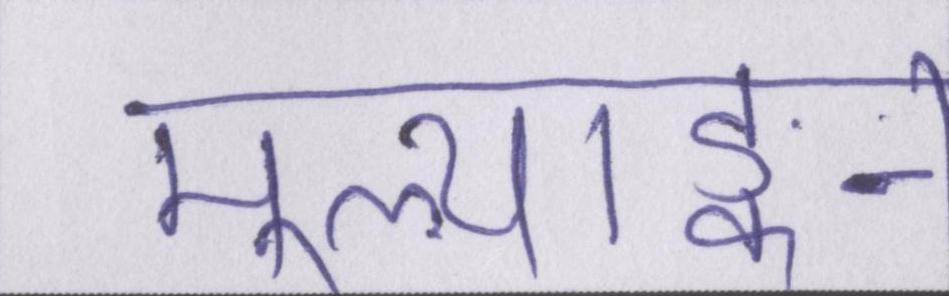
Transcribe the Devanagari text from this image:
मूल्याङ्कन